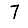
Digit: 7